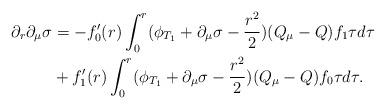
LaTeX: \begin{align*}\partial_r\partial_\mu\sigma&=-f'_0(r)\int_0^r(\phi_{T_1}+\partial_\mu\sigma-\frac{r^2}{2})(Q_\mu-Q)f_1\tau d\tau\\&+f'_1(r)\int_0^r(\phi_{T_1}+\partial_\mu\sigma-\frac{r^2}{2})(Q_\mu-Q)f_0\tau d\tau.\end{align*}